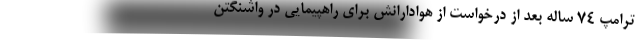
ترامپ ۷۴ ساله بعد از درخواست از هوادارانش برای راهپیمایی در واشنگتن